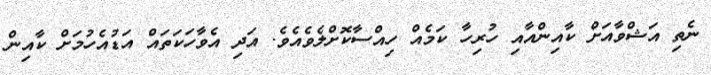
ނެތި އަޝްވާއަށް ކާއިންއާއި ހުރިހާ ކަމެއް ހިއްސާކޮށްލެވެއެވެ. އަދި އެވާހަކަތައް އަޑުއެހުމަށް ކާއިން